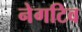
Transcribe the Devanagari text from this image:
नेगटिव